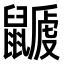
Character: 𪕽